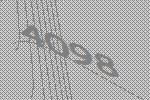
4098